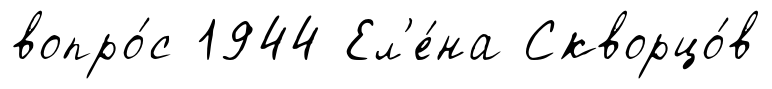
вопро́с 1944 Ел'е́на Скворцо́в